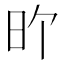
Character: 𪰇